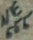
Text: NE555